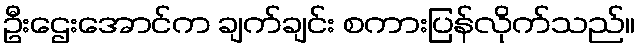
ဦးဌေးအောင်က ချက်ချင်း စကားပြန်လိုက်သည်။